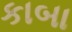
કાબા